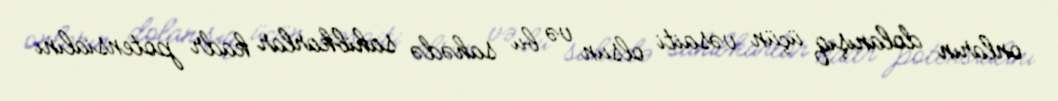
onların dolanışıq üçün vəsaiti olsun və bu sahədə sahibkarlar kadr potensialını